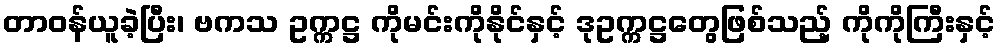
တာဝန်ယူခဲ့ပြီး၊ ဗကသ ဥက္ကဋ္ဌ ကိုမင်းကိုနိုင်နှင့် ဒုဥက္ကဋ္ဌတွေဖြစ်သည့် ကိုကိုကြီးနှင့်